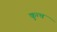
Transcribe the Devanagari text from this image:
कुत्च